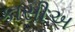
કાસીઅ